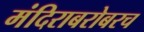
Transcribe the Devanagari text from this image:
मंदिराबरोबरच